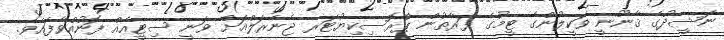
ނަޝީދުގެ ޤާނޫނީ ވަކީލުންގެ ޓީމުގެ ފަރާތުން ޕްރޮސިކިޔުޓަރ ޖެނެރަލްއަށް ވަނީ ސިޓީއެއް ފޮނުއްވާފައެވެ.